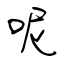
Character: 呢